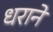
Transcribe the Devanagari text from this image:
धराने